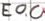
Text: E0.0